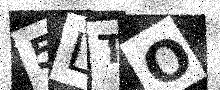
Text: 5LTO